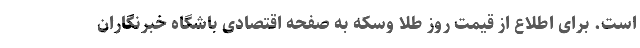
است. برای اطلاع از قیمت روز طلا وسکه به صفحه اقتصادی باشگاه خبرنگاران